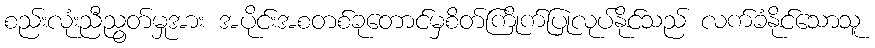
စည်းလုံးညီညွတ်မှုအား အပိုင်းအစတစ်ခုတောင်မှစိတ်ကြိုက်ပြုလုပ်နိုင်သည် လက်ခံနိုင်သောသူ